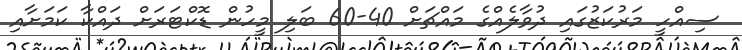
ސިއްހީ މަރުކަޒުގައި ދުވާލެއްގެ މައްޗަށް 40-60 ބަލި މީހުން ޑޮކްޓަރަށް ދައްކާ ކަމަށާއި